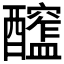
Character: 𨣮